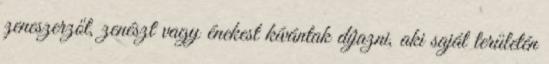
zeneszerzőt, zenészt vagy énekest kívántak díjazni, aki saját területén